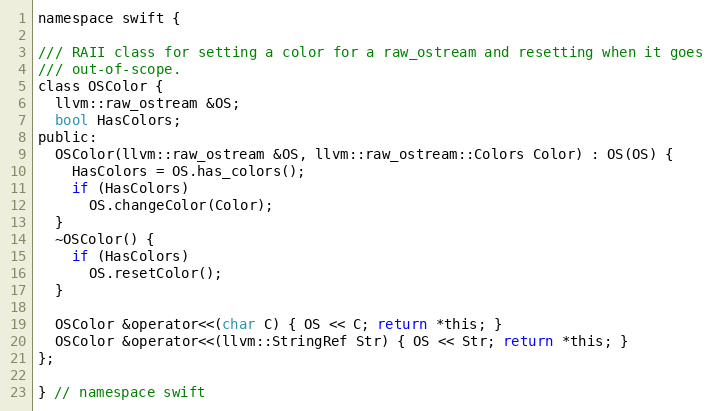
Language: C
namespace swift {

/// RAII class for setting a color for a raw_ostream and resetting when it goes
/// out-of-scope.
class OSColor {
  llvm::raw_ostream &OS;
  bool HasColors;
public:
  OSColor(llvm::raw_ostream &OS, llvm::raw_ostream::Colors Color) : OS(OS) {
    HasColors = OS.has_colors();
    if (HasColors)
      OS.changeColor(Color);
  }
  ~OSColor() {
    if (HasColors)
      OS.resetColor();
  }

  OSColor &operator<<(char C) { OS << C; return *this; }
  OSColor &operator<<(llvm::StringRef Str) { OS << Str; return *this; }
};

} // namespace swift